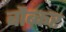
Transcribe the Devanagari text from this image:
बौब्कर